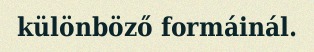
különböző formáinál.